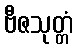
ဗီဇသုတ္တံ